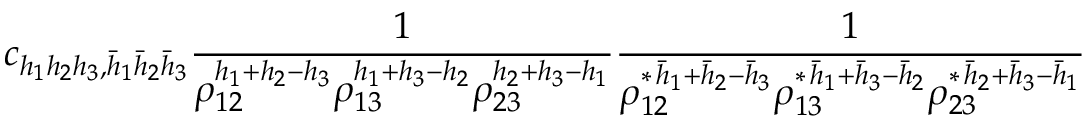
c _ { h _ { 1 } h _ { 2 } h _ { 3 } , \bar { h } _ { 1 } \bar { h } _ { 2 } \bar { h } _ { 3 } } \frac { 1 } { \rho _ { 1 2 } ^ { h _ { 1 } + h _ { 2 } - h _ { 3 } } \rho _ { 1 3 } ^ { h _ { 1 } + h _ { 3 } - h _ { 2 } } \rho _ { 2 3 } ^ { h _ { 2 } + h _ { 3 } - h _ { 1 } } } \frac { 1 } { \rho _ { 1 2 } ^ { \ast \, \bar { h } _ { 1 } + \bar { h } _ { 2 } - \bar { h } _ { 3 } } \rho _ { 1 3 } ^ { \ast \, \bar { h } _ { 1 } + \bar { h } _ { 3 } - \bar { h } _ { 2 } } \rho _ { 2 3 } ^ { \ast \, \bar { h } _ { 2 } + \bar { h } _ { 3 } - \bar { h } _ { 1 } } }